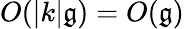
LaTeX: O(|k|\mathfrak{g})=O(\mathfrak{g})